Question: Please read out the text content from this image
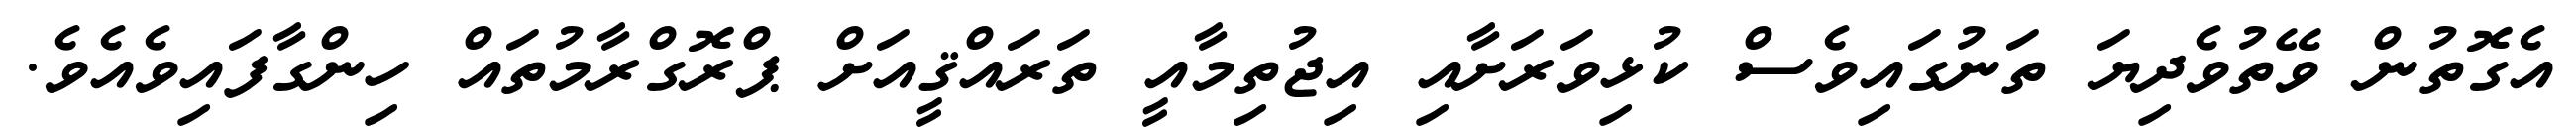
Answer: އެގޮތުން ވޭތުވެދިޔަ ތަނުގައިވެސް ކުޅިވަރަށާއި އިޖުތިމާއީ ތަރައްޤީއަށް ޕްރޮގްރާމުތައް ހިންގާފައިވެއެވެ.